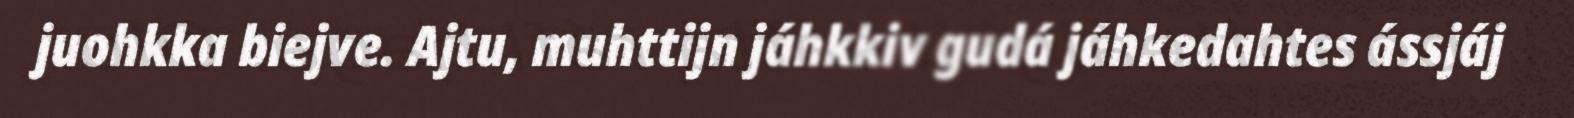
juohkka biejve. Ajtu, muhttijn jáhkkiv gudá jáhkedahtes ássjáj